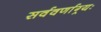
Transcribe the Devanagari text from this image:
सर्ववर्णाग्र्यः